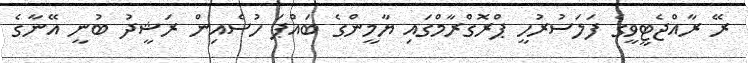
ރޭ ރާއްޖެޓީވީގެ ފަލަސުރުހީ ޕްރޮގްރާމްގައި ޔާމީންގެ ބައްޕަ ހުސެއިން ރަޝީދު ބުނީ އޭނާގެ